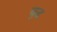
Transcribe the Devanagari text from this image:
ब़ढ